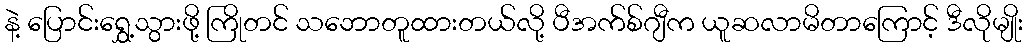
နဲ့ ပြောင်းရွှေ့သွားဖို့ ကြိုတင် သဘောတူထားတယ်လို့ ပီအက်စ်ဂျီက ယူဆလာမိတာကြောင့် ဒီလိုမျိုး